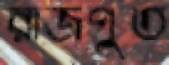
রাজপুত